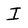
Character: I